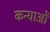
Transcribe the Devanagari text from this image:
कन्याओें